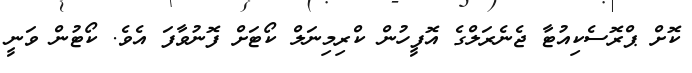
ކޮށް ޕްރޮސެކިއުޓާ ޖެނެރަލްގެ އޮފީހުން ކްރިމިނަލް ކޯޓަށް ފޮނުވާފަ އެވެ. ކޯޓުން ވަނީ